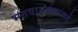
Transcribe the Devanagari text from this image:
भगवानबाबांकडे